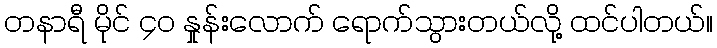
တနာရီ မိုင် ၄ဝ နှုန်းလောက် ရောက်သွားတယ်လို့ ထင်ပါတယ်။